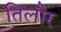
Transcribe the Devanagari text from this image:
तिलौर